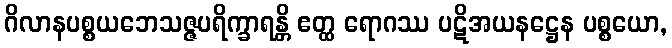
ဂိလာနပစ္စယဘေသဇ္ဇပရိက္ခာရန္တိ ဧတ္ထ ရောဂဿ ပဋိအယနဋ္ဌေန ပစ္စယော,